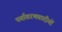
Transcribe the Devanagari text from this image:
पर्यावरणवादीयों